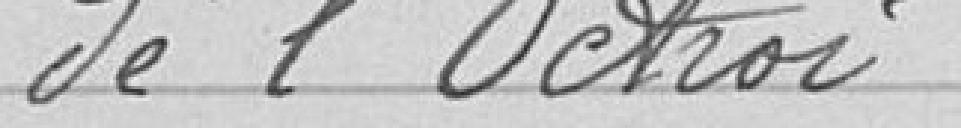
Désigne une commission composée de M Mr Julien, Giroud, Conseillers Municipaux